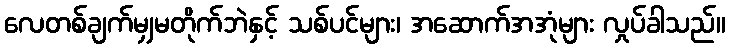
လေတစ်ချက်မျှမတိုက်ဘဲနှင့် သစ်ပင်များ၊ အဆောက်အအုံများ လှုပ်ခါသည်။